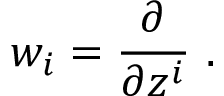
w _ { i } = \frac { \partial } { \partial z ^ { i } } \ .